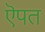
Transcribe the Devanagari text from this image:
ऎपत